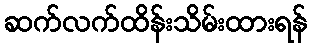
ဆက်လက်ထိန်းသိမ်းထားရန်